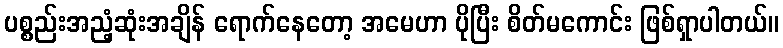
ပစ္စည်းအညံ့ဆုံးအချိန် ရောက်နေတော့ အမေဟာ ပိုပြီး စိတ်မကောင်း ဖြစ်ရှာပါတယ်။